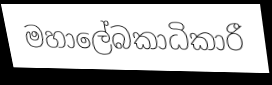
මහාලේබකාධිකාරී